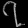
Digit: ၇